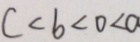
c < b < 0 < a